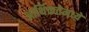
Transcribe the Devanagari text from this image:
आर्थिकतेमध्ये